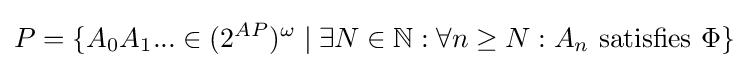
P=\{A_{0}A_{1}...\in (2^{AP})^{\omega }\mid \exists N\in \mathbb {N} :\forall n\geq N:A_{n}\ {\text{satisfies}}\ \Phi \}